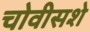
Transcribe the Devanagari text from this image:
चोवीसशे